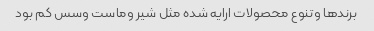
برندها وتنوع محصولات ارایه شده مثل شیر وماست وسس کم بود